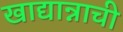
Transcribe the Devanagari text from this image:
खाद्यान्नाची